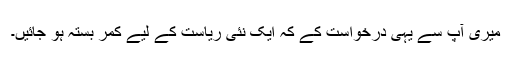
میری آپ سے یہی درخواست کے کہ ایک نئی ریاست کے لیے کمر بستہ ہو جائیں۔